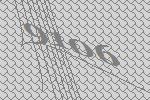
9106